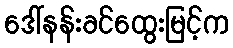
ဒေါ်နန်းခင်ထွေးမြင့်က